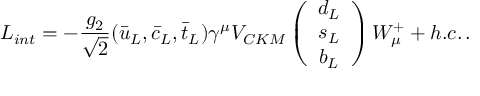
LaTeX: L _ { i n t } = - \frac { g _ { 2 } } { \sqrt { 2 } } ( \bar { u } _ { L } , \bar { c } _ { L } , \bar { t } _ { L } ) \gamma ^ { \mu } V _ { C K M } \left( \begin{array} { c c c } { { d _ { L } } } \\ { { s _ { L } } } \\ { { b _ { L } } } \end{array} \right) W _ { \mu } ^ { + } + h . c . \, .